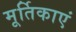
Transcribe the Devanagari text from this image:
मूर्तिकाएं